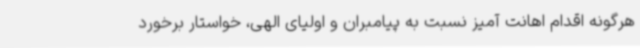
هرگونه اقدام اهانت آمیز نسبت به پیامبران و اولیای الهی، خواستار برخورد